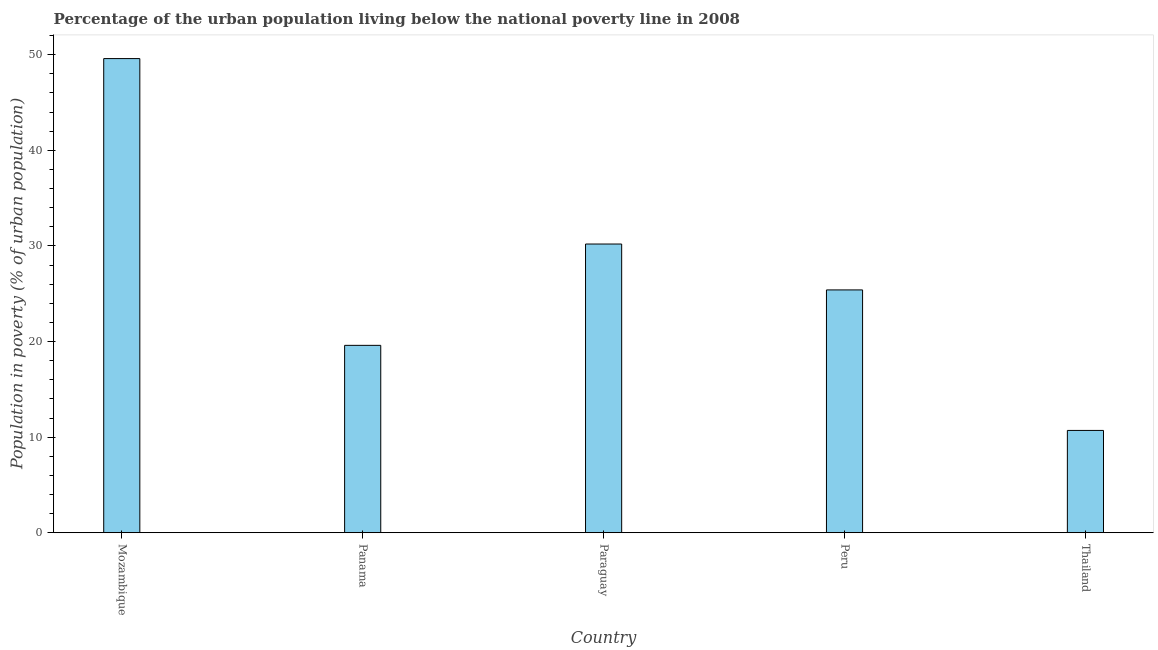
| Country | Urban poverty headcount ratio |
 | --- | --- |
 | Mozambique | 49.6 |
 | Panama | 19.6 |
 | Paraguay | 30.2 |
 | Peru | 25.4 |
 | Thailand | 10.7 |